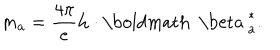
m _ { a } = \frac { 4 \pi } { e } { \bf h } \cdot { { \mathrm { \boldmath ~ \ b e t a ~ } } _ { a } ^ { * } } .